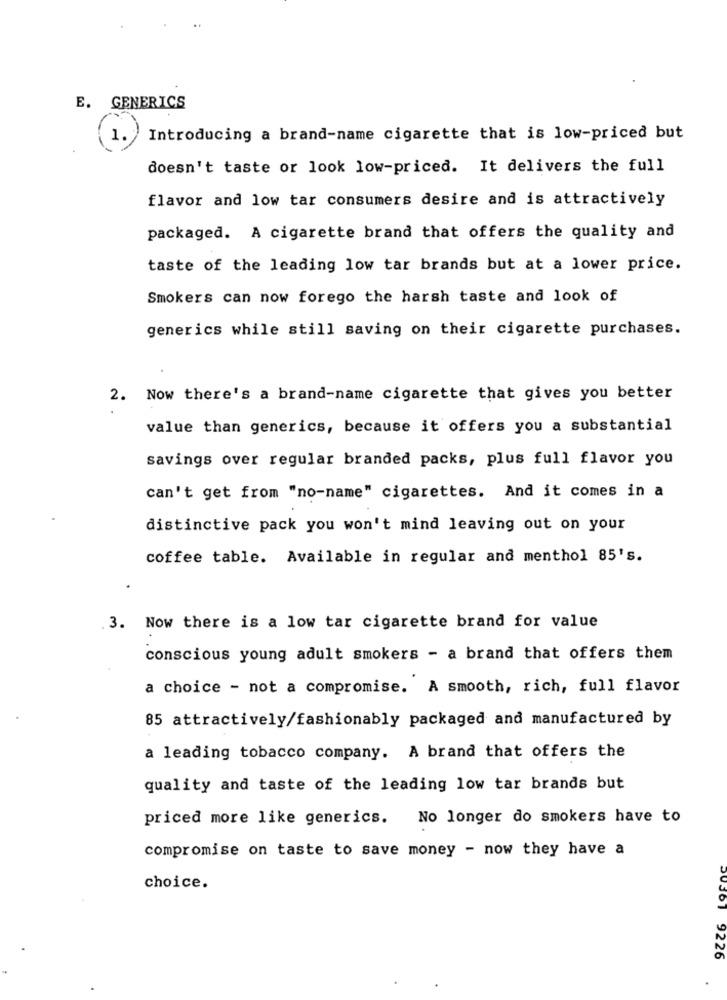
E. GENERICS
Introducing a brand-name cigarette that is low-priced but
doesn't taste or look low-priced. It delivers the full
flavor and low tar consumers desire and is attractively
packaged. A cigarette brand that offers the quality and
taste of the leading low tar brands but at a lower price.
Smokers can now forego the harsh taste and look of
generics while still saving on their cigarette purchases.
2. Now there's a brand-name cigarette that gives you better
value than generics, because it offers you a substantial
savings over regular branded packs, plus full flavor you
can't get from "no-name" cigarettes. And it comes in a
distinctive pack you won't mind leaving out on your
coffee table. Available in regular and menthol 85's.
.3. Now there is a low tar cigarette brand for value
conscious young adult smokers - a brand that offers them
a choice - not a compromise. A smooth, rich, full flavor
85 attractively/fashionably packaged and manufactured by
a leading tobacco company. A brand that offers the
quality and taste of the leading low tar brands but
priced more like generics.
No longer do smokers have to
compromise on taste to save money - now they have a
choice.
20Jo1 9226